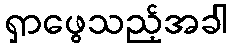
ရှာဖွေသည့်အခါ